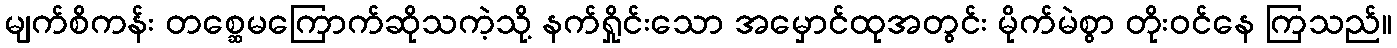
မျက်စိကန်း တစ္ဆေမကြောက်ဆိုသကဲ့သို့ နက်ရှိုင်းသော အမှောင်ထုအတွင်း မိုက်မဲစွာ တိုးဝင်နေ ကြသည်။